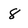
Character: 8